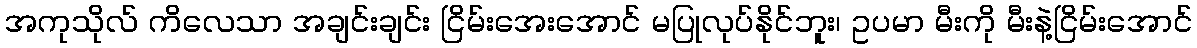
အကုသိုလ် ကိလေသာ အချင်းချင်း ငြိမ်းအေးအောင် မပြုလုပ်နိုင်ဘူး၊ ဥပမာ မီးကို မီးနဲ့ငြိမ်းအောင်